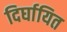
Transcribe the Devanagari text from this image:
दिर्घायित